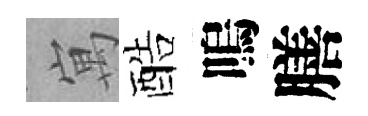
寓酷嗚膳